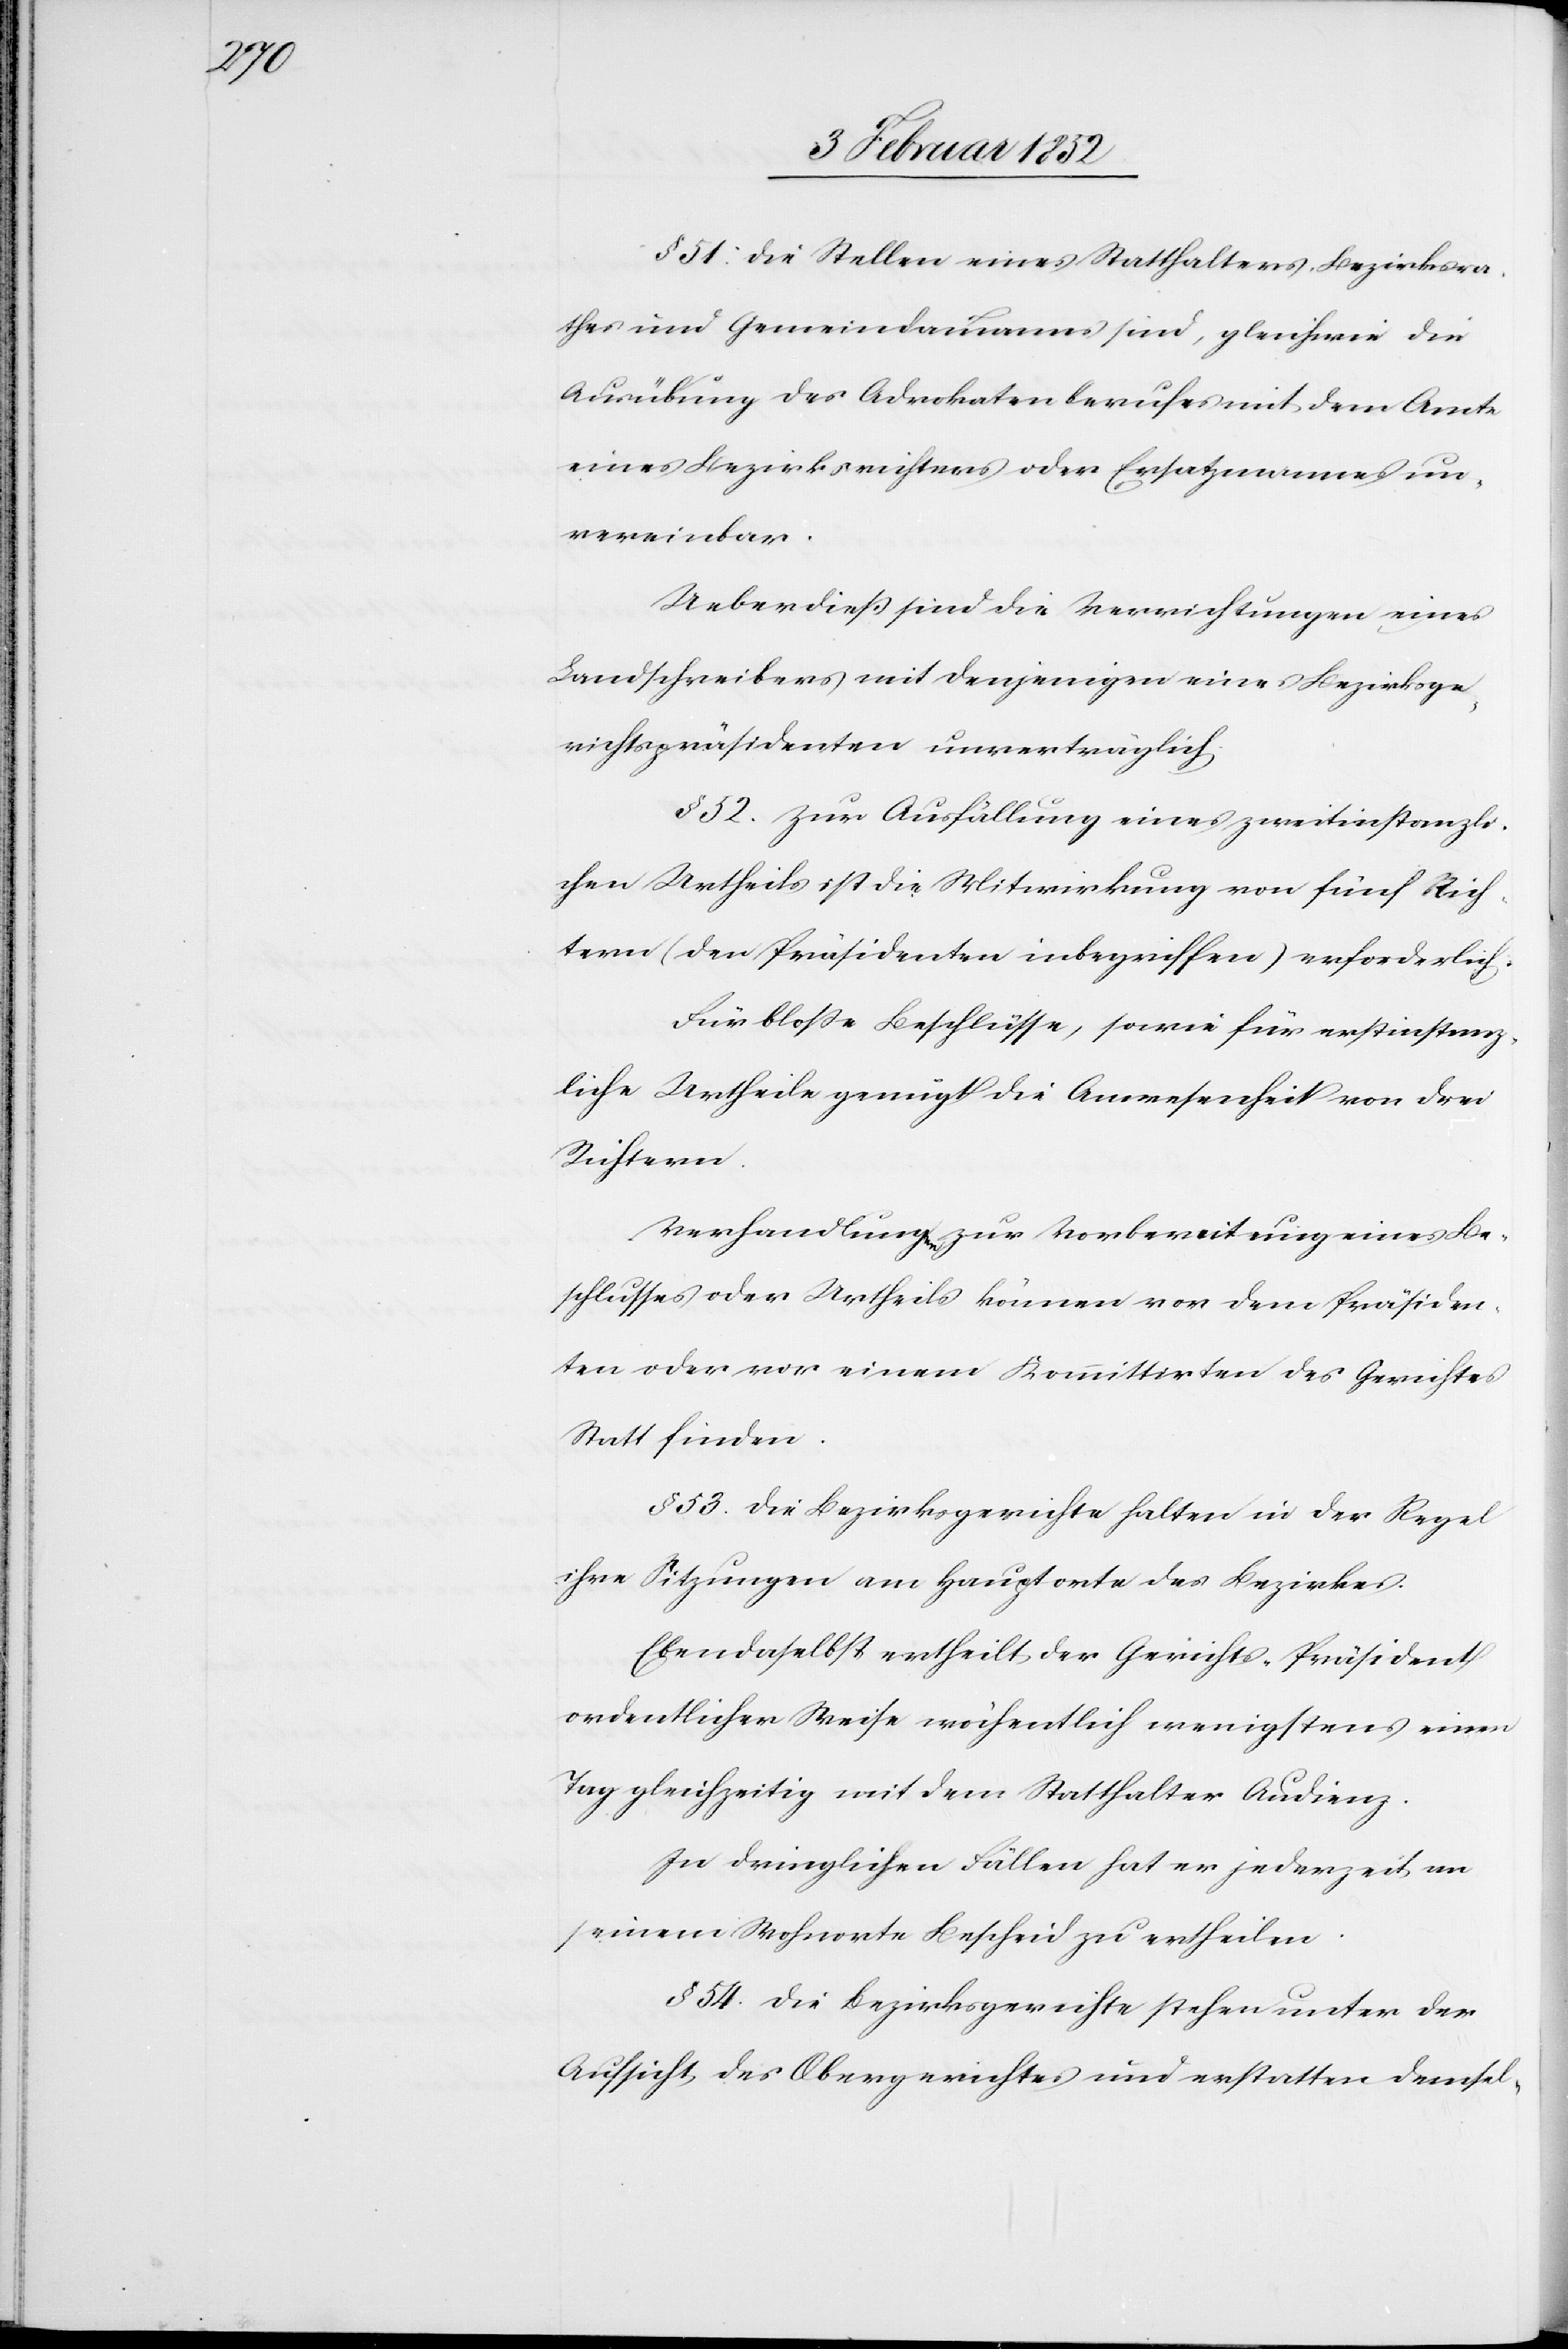
§ 51: Die Stellen eines Statthalters, Bezirksra¬
thes und Gemeindammans sind, gleichwie die
Ausübung des Advokatenberufes mit dem Amte
eines Bezirksrichters oder Ersatzmannes un¬
vereinbar.
Ueberdieß sind die Verrichtungen eines
Landschreibers mit denjenigen eines Bezirksge¬
richtspräsidenten unverträglich.
§ 52. Zur Ausfällung eines zweitinstanzli¬
chen Urtheils ist die Mitwirkung von fünf Rich¬
tern (der Präsidenten inbegriffen) erforderlich.
Für bloße Beschlüsse, sowie für erstinstanz¬
liche Urtheile genügt die Anwesenheit von drei
Richtern.
Verhandlungen zur Vorbereitung eines Be¬
schlusses oder Urtheils können von dem Präsiden¬
ten oder vor einem Kommittirten des Gerichtes
Statt finden.
§ 53. Die Bezirksgerichte halten in der Regel
ihre Sitzungen am Hauptorte des Bezirkes.
Ebendaselbst ertheilt der Gerichts-Präsident
ordentlicher Weise wöchentlich wenigstens einen
Tag gleichzeitig mit dem Statthalter Audienz.
In dringlichen Fällen hat er jederzeit an
seinem Wohnorte Bescheid zu ertheilen.
§ 54. Die Bezirksgerichte stehen unter der
Aufsicht des Obergerichtes und erstatten demsel-